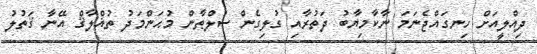
ދިއްލީއަށް ހިނގައްޖެނަމަ ނާކާމިޔާބު ދަތުރާއި ގުލިގެން ސުލްޠާން މުޙަންމަދު ތުޣްލާޤް އޭނާ ޤަތުލު